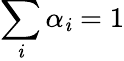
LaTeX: \sum_{\mathit{i}}\alpha_{\mathit{i}}=1